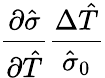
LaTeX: \frac{\partial\hat{\sigma}}{\partial\hat{T}}\frac{\Delta\hat{T}}{\hat{\sigma}_{0}}